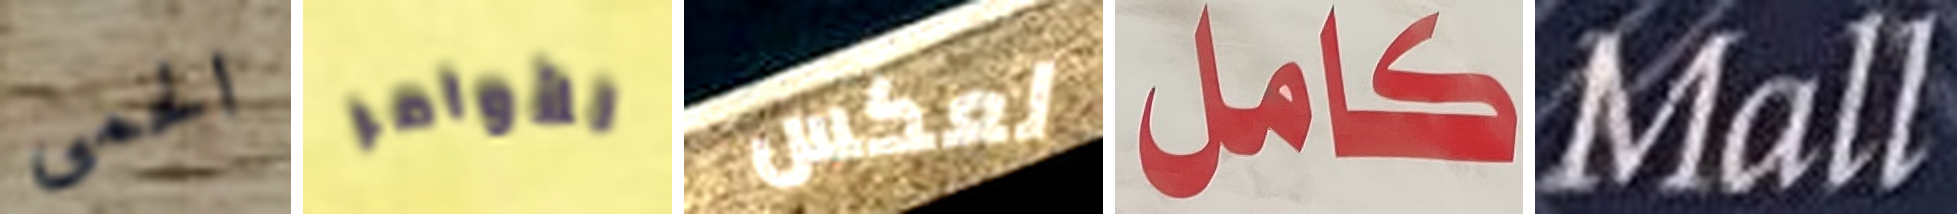
الحمى للأوامر لعكس كامل Mall